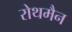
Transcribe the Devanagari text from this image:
रोथमैन